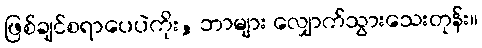
ဖြစ်ချင်စရာပေပဲကိုး, ဘာများ လျှောက်သွားသေးတုန်း။